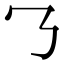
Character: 𬼁